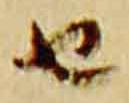
由